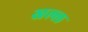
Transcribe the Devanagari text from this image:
खल्ल